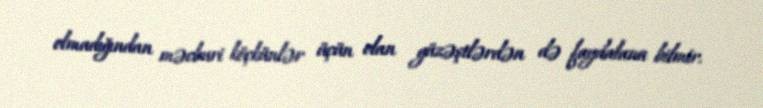
olmadığından məcburi köçkünlər üçün olan güzəştlərdən də faydalana bilmir.